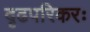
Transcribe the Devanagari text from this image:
दृढपरिकरः